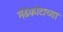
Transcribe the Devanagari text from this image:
मेढेकोटाच्या